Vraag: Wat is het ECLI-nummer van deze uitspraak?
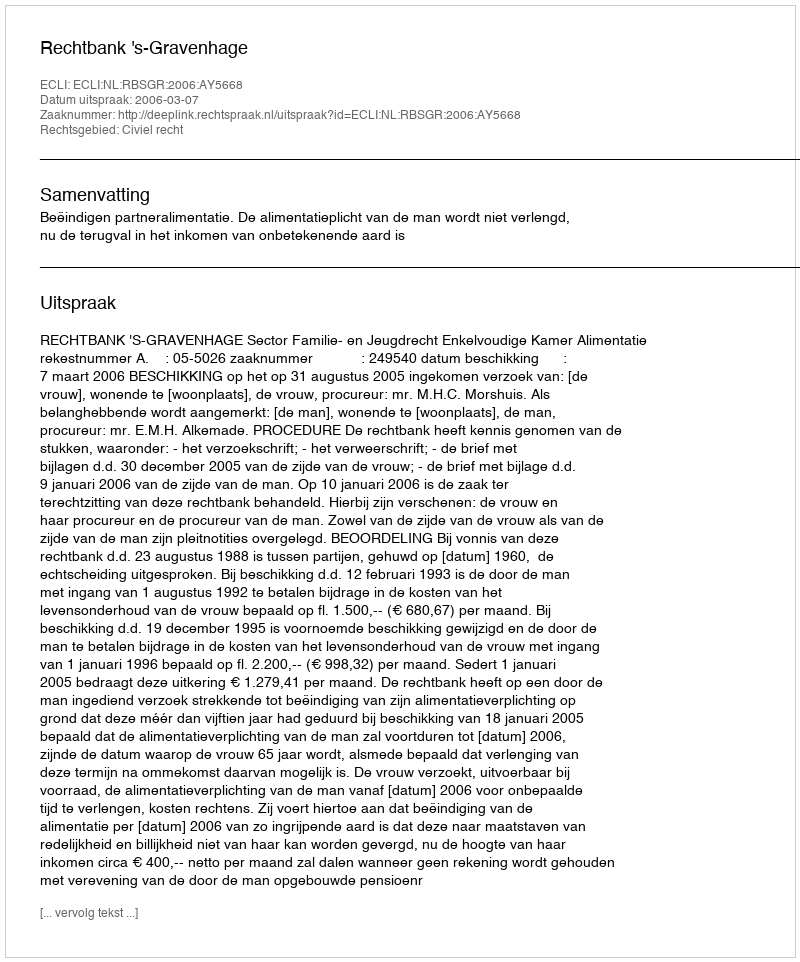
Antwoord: ECLI:NL:RBSGR:2006:AY5668